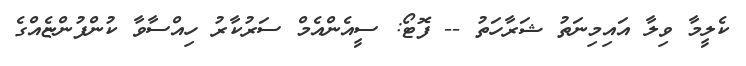
ކެލީމާ ވިލާ އައިމިނަތު ޝަރާހަތު -- ފޮޓޯ: ސީއެންއެމް ސަރުކާރު ހިއްސާވާ ކުންފުންޏެއްގެ